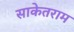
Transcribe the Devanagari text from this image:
साकेतराम